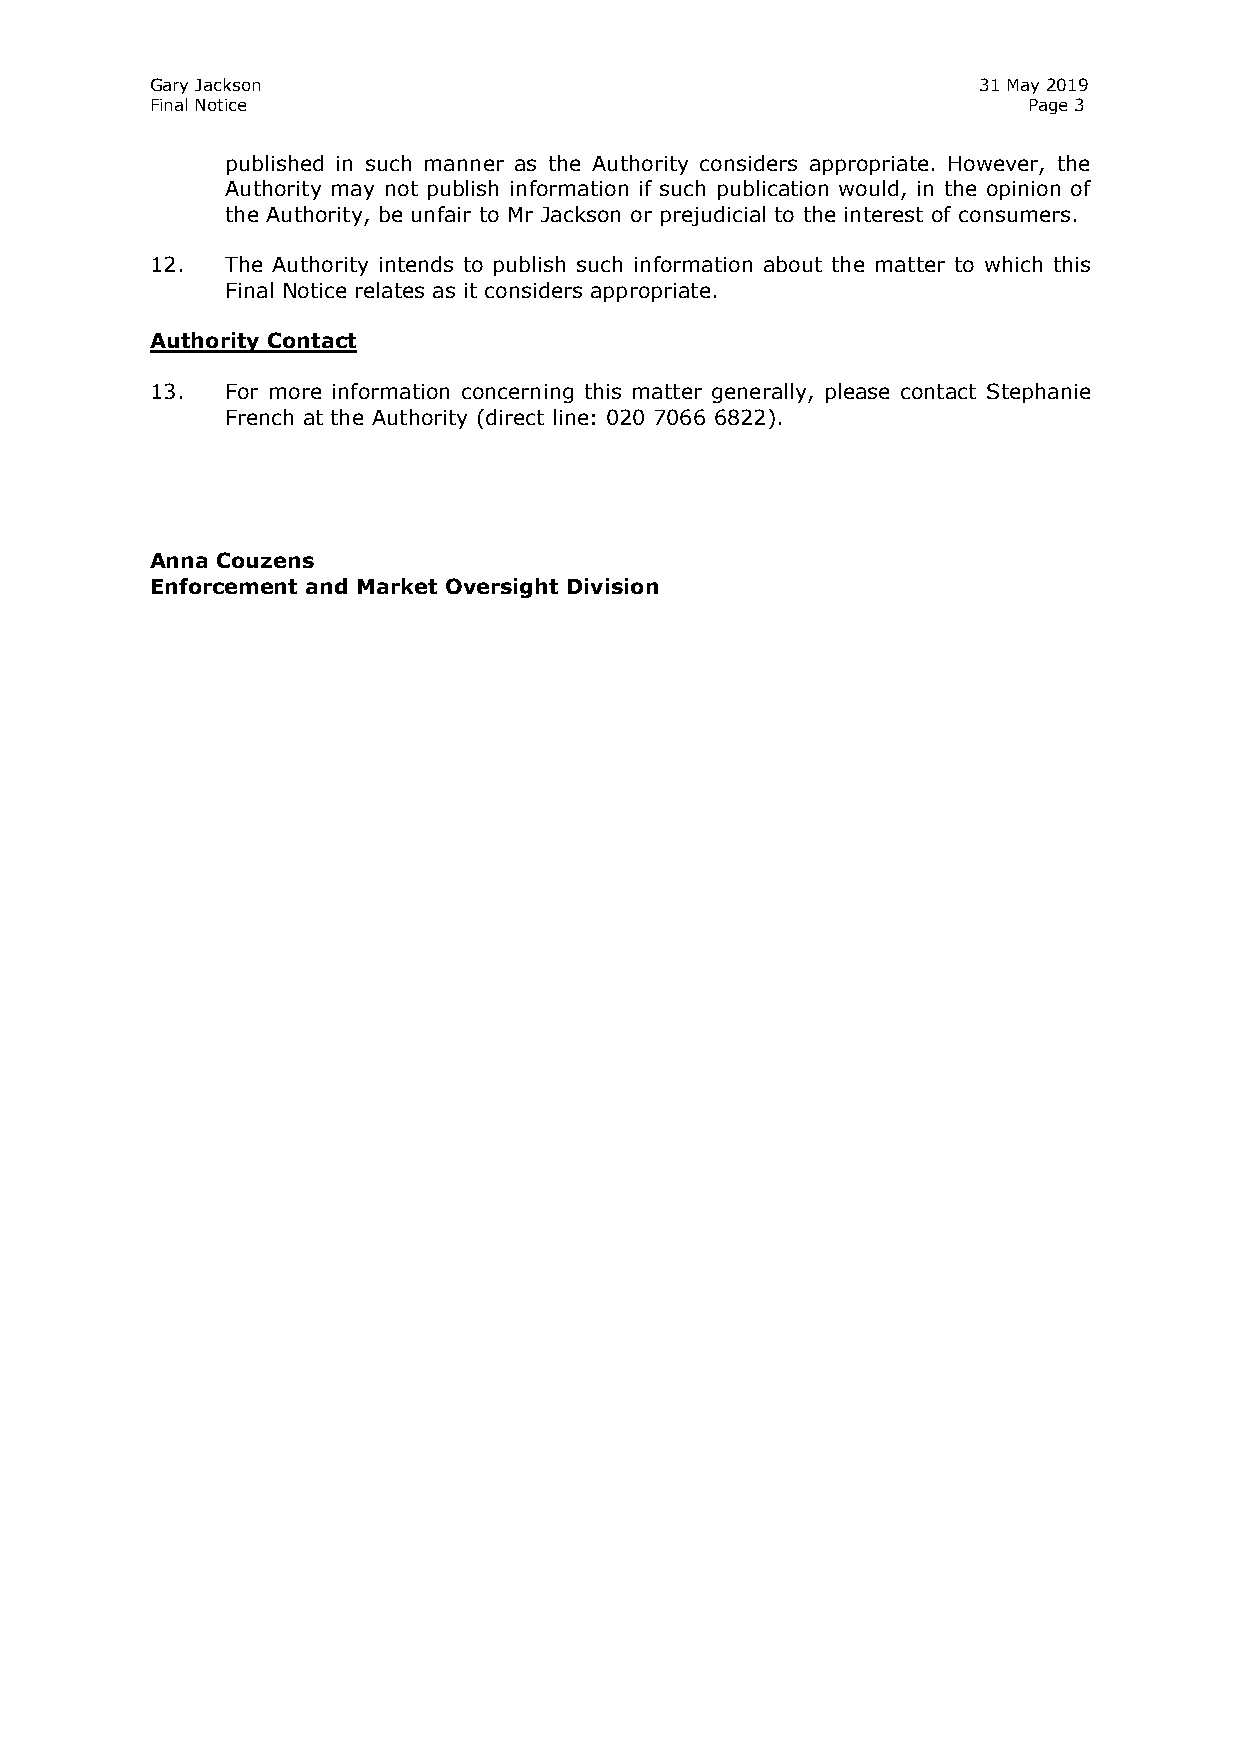
Gary Jackson                                           31 May 2019
 Final Notice                                              Page 3
 published in such manner as the Authority considers appropriate. However, the
 Authority may not publish information if such publication would, in the opinion of
 the Authority, be unfair to Mr Jackson or prejudicial to the interest of consumers.
 12.  The Authority intends to publish such information about the matter to which this
 Final Notice relates as it considers appropriate.
 Authority Contact
 13.  For more information concerning this matter generally, please contact Stephanie
 French at the Authority (direct line: 020 7066 6822).
 Anna Couzens
 Enforcement and Market Oversight Division